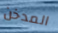
المدخن